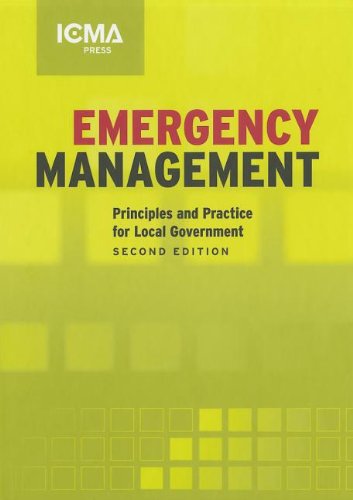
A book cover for Emergency Management: Principles And Practice for Local Goverment; Politics & Social Sciences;